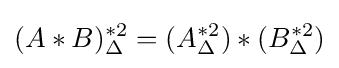
(A*B)_{\Delta }^{*2}=(A_{\Delta }^{*2})*(B_{\Delta }^{*2})